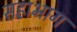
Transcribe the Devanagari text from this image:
सहाभाग